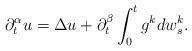
LaTeX: \begin{align*} \partial^{\alpha}_tu=\Delta u +\partial^{\beta}_t \int^t_0 g^k dw^k_s.\end{align*}